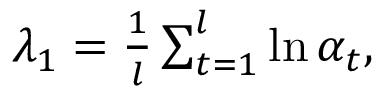
\begin{array} { r } { \lambda _ { 1 } = \frac { 1 } { l } \sum _ { t = 1 } ^ { l } \ln \alpha _ { t } , } \end{array}